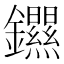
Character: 𫓣